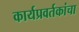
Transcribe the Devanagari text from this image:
कार्यप्रवर्तकांचा